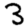
Digit: 3